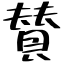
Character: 賛